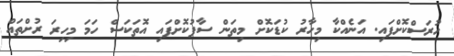
ހުރަސްކޮށްފައި. އަނެއްކާ މިހާރު ކުޑަކޮށް މިތަން ސާފުކޮށްފައި އޮތަކަސް ހަމަ މިހިރަ ރުށްތައް